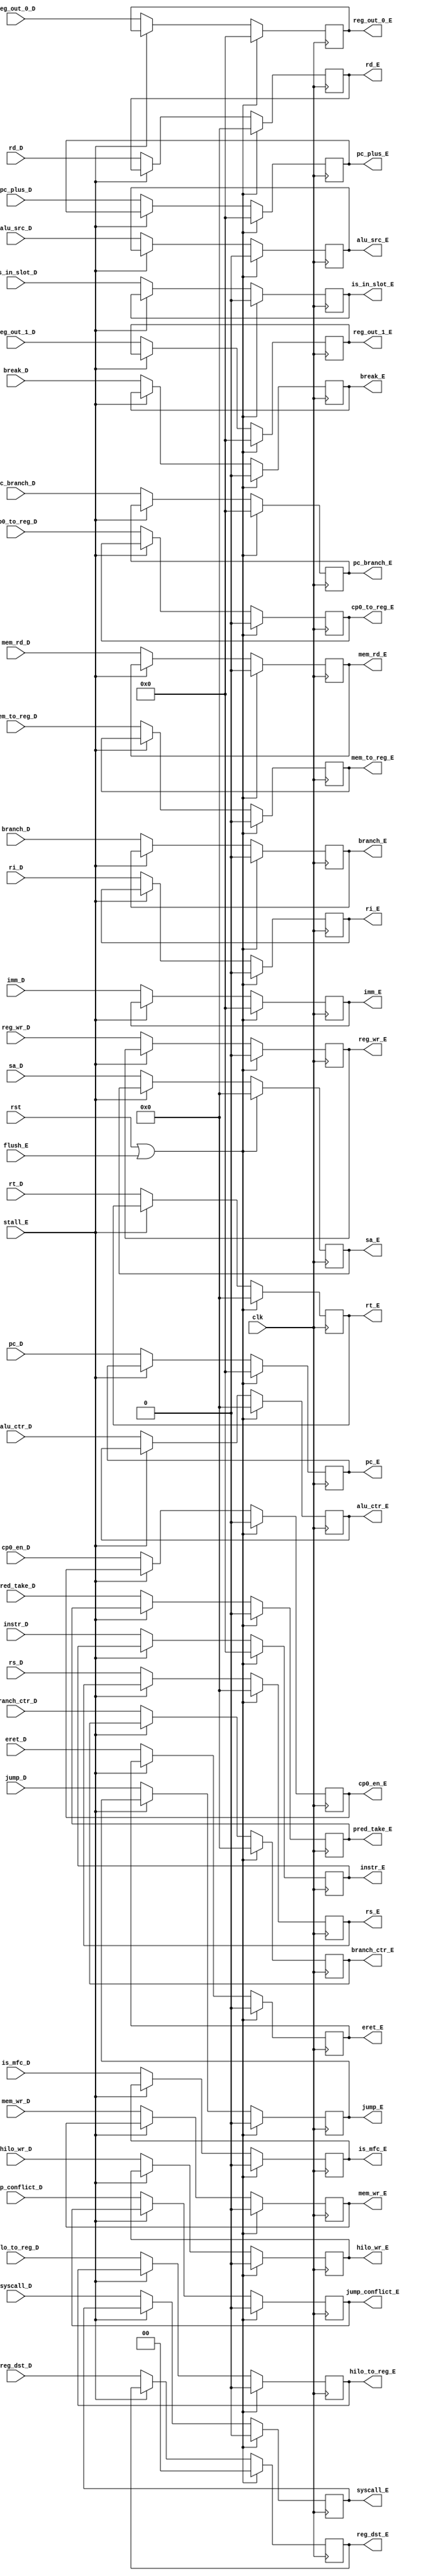
module ID_EX(
    input clk, rst,
    input stall_E, flush_E,
    input [31:0] pc_D,
    input [31:0] pc_plus_D,
    input [31:0] pc_branch_D,
    input [31:0] imm_D,
    input [31:0] instr_D,
    input [31:0] reg_out_0_D, reg_out_1_D,
    input [4:0]  rs_D, rt_D, rd_D, sa_D,
    input pred_take_D,
    input branch_D,
    input jump_D, jump_conflict_D,
    input is_in_slot_D,
    input [4:0] alu_ctr_D,
    input [4:0] branch_ctr_D,
    input     reg_wr_D, 
    input     mem_wr_D,mem_rd_D, mem_to_reg_D, 
    input [1:0] reg_dst_D,
    input      hilo_wr_D, hilo_to_reg_D,
    input       alu_src_D,
    input       is_mfc_D,  
    input       break_D,  syscall_D, eret_D,
    input       cp0_en_D, cp0_to_reg_D,
    input       ri_D,

    output reg[31:0] pc_E,
    output reg[31:0] pc_plus_E,
    output reg[31:0] pc_branch_E,
    output reg[31:0] imm_E,
    output reg[31:0] instr_E,
    output reg[31:0] reg_out_0_E, reg_out_1_E,
    output reg[4:0]  rs_E, rt_E, rd_E, sa_E,
    output reg pred_take_E,
    output reg branch_E,
    output reg jump_E, jump_conflict_E,
    output reg is_in_slot_E,
    output reg[4:0] alu_ctr_E,
    output reg[4:0] branch_ctr_E,
    output reg    reg_wr_E, 
    output reg   mem_wr_E,mem_rd_E, mem_to_reg_E, 
    output reg[1:0] reg_dst_E,
    output reg     hilo_wr_E, hilo_to_reg_E,
    output reg      alu_src_E,
    output reg      is_mfc_E,
    output reg      break_E, syscall_E, eret_E,
    output reg      cp0_en_E, cp0_to_reg_E,
    output reg     ri_E
);
    always @(posedge clk ) begin
        if(rst | flush_E)begin
            pc_E             <= 0 ;
            pc_plus_E        <= 0 ;
            pc_branch_E      <= 0 ;
            imm_E            <= 0 ;
            instr_E          <= 0 ;
            reg_out_0_E      <= 0 ;
            reg_out_1_E      <= 0 ;
            rs_E             <= 0 ;
            rt_E             <= 0 ;
            rd_E             <= 0 ;
            sa_E             <= 0 ;
            branch_E         <= 0 ;
            jump_E           <= 0 ;
            jump_conflict_E  <= 0 ;
            is_in_slot_E     <= 0 ;
            alu_ctr_E        <= 0 ;
            branch_ctr_E     <= 0 ;
            reg_wr_E         <= 0 ;
            mem_wr_E         <= 0 ;
            mem_rd_E         <= 0 ;
            mem_to_reg_E     <= 0 ;
            reg_dst_E        <= 0 ;
            hilo_wr_E        <= 0 ;
            hilo_to_reg_E    <= 0 ;
            alu_src_E        <= 0 ;
            is_mfc_E         <= 0 ;
            break_E          <= 0 ;
            syscall_E        <= 0 ;
            eret_E           <= 0 ;
            cp0_en_E         <= 0 ;
            cp0_to_reg_E     <= 0 ;
            ri_E             <= 0 ;
            pred_take_E <= 0;
        end
        else if(~stall_E)begin
            pc_E             <= pc_D ;
            pc_plus_E        <= pc_plus_D ;
            pc_branch_E      <= pc_branch_D ;
            imm_E            <= imm_D ;
            instr_E          <= instr_D ;
            reg_out_0_E      <= reg_out_0_D ;
            reg_out_1_E      <= reg_out_1_D ;
            rs_E             <= rs_D ;
            rt_E             <= rt_D ;
            rd_E             <= rd_D ;
            sa_E             <= sa_D ;
            branch_E         <= branch_D ;
            jump_E           <= jump_D ;
            jump_conflict_E  <= jump_conflict_D ;
            is_in_slot_E     <= is_in_slot_D ;
            alu_ctr_E        <= alu_ctr_D ;
            branch_ctr_E     <= branch_ctr_D ;
            reg_wr_E         <= reg_wr_D ;
            mem_wr_E         <= mem_wr_D ;
            mem_rd_E         <= mem_rd_D ;
            mem_to_reg_E     <= mem_to_reg_D ;
            reg_dst_E        <= reg_dst_D ;
            hilo_wr_E        <= hilo_wr_D ;
            hilo_to_reg_E    <= hilo_to_reg_D ;
            alu_src_E        <= alu_src_D ;
            is_mfc_E         <= is_mfc_D ;
            break_E          <= break_D ;
            syscall_E        <= syscall_D ;
            eret_E           <= eret_D ;
            cp0_en_E         <= cp0_en_D ;
            cp0_to_reg_E     <= cp0_to_reg_D ;
            ri_E             <= ri_D  ;
            pred_take_E <= pred_take_D;
        end
    end


endmodule